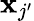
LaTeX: \textbf{x}_{j^{\prime}}